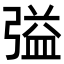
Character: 𭛃